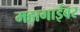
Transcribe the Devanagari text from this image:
महागाईवर